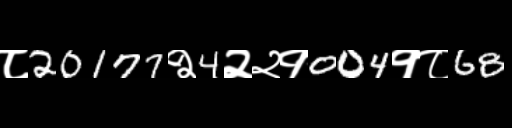
Text: ८20177२4२२१004१८68